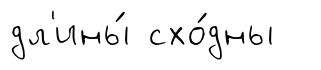
дл'ины́ схо́дны